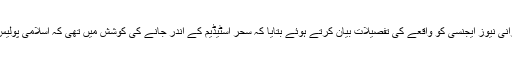
سحر کی بہن نے ايک ايرانی نيوز ايجنسی کو واقعے کی تفصيلات بيان کرتے ہوئے بتايا کہ سحر اسٹيڈيم کے اندر جانے کی کوشش ميں تھی کہ اسلامی پوليس نے اسے گرفتار کر ليا۔